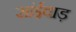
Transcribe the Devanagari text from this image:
सांईवाड़